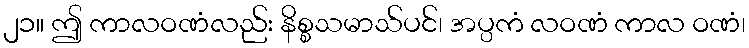
၂၁။ ဤ ကာလဝဏံလည်း နိစ္စသမာသ်ပင်၊ အပ္ပကံ လဝဏံ ကာလ ဝဏံ၊